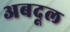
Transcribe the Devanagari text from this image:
अबदूल